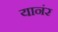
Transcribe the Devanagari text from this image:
यानंर